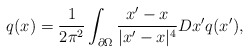
\begin{align*}q(x)={1\over 2\pi^2}\int_{\partial \Omega}{x^\prime-x\over |x^\prime-x|^4}Dx^\prime q(x^\prime),\end{align*}